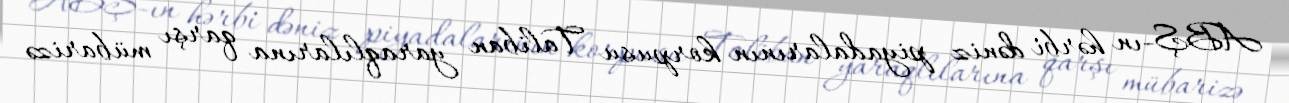
ABŞ-ın hərbi dəniz piyadalarının korpusu Taliban yaraqlılarına qarşı mübarizə